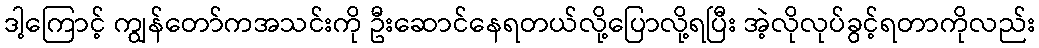
ဒါ့ကြောင့် ကျွန်တော်ကအသင်းကို ဦးဆောင်နေရတယ်လို့ပြောလို့ရပြီး အဲ့လိုလုပ်ခွင့်ရတာကိုလည်း